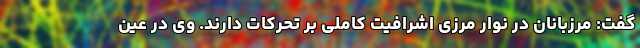
گفت: مرزبانان در نوار مرزی اشرافیت کاملی بر تحرکات دارند. وی در عین